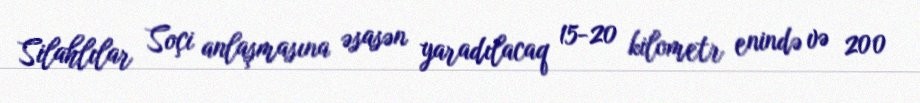
Silahlılar Soçi anlaşmasına əsasən yaradılacaq 15-20 kilometr enində və 200